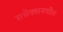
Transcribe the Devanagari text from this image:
ससेक्समधील